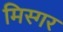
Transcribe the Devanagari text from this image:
मिस्गर